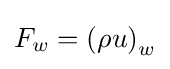
F_{w}=\left(\rho u\right)_{w}